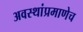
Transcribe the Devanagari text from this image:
अवस्थांप्रमाणेच